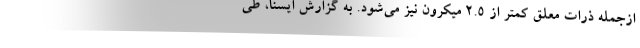
ازجمله ذرات معلق کمتر از ۲.۵ میکرون نیز می‌شود. به گزارش ایسنا، طی